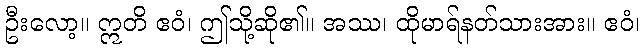
ဦးလော့။ ဣတိ ဧဝံ၊ ဤသို့ဆို၏။ အဿ၊ ထိုမာရ်နတ်သားအား။ ဧဝံ၊